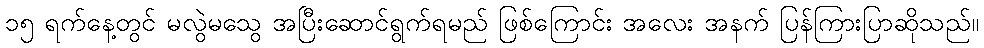
၁၅ ရက်နေ့တွင် မလွဲမသွေ အပြီးဆောင်ရွက်ရမည် ဖြစ်ကြောင်း အလေး အနက် ပြန်ကြားပြာဆိုသည်။